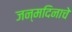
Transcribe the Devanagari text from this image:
जन्‍मदिनाचे